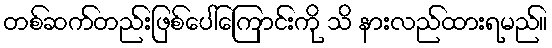
တစ်ဆက်တည်းဖြစ်ပေါ်ကြောင်းကို သိ နားလည်ထားရမည်။